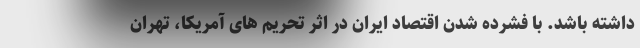
داشته باشد. با فشرده شدن اقتصاد ایران در اثر تحریم های آمریکا، تهران